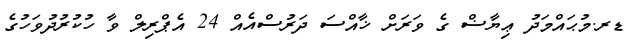
ޑރ.މުޙައްމަދު ޢިޔާޟް ގެ ވަރަށް ޚާއްސަ ދަރުސްއެއް 24 އެޕްރިލް ވާ ހުކުރުދުވަހުގެ